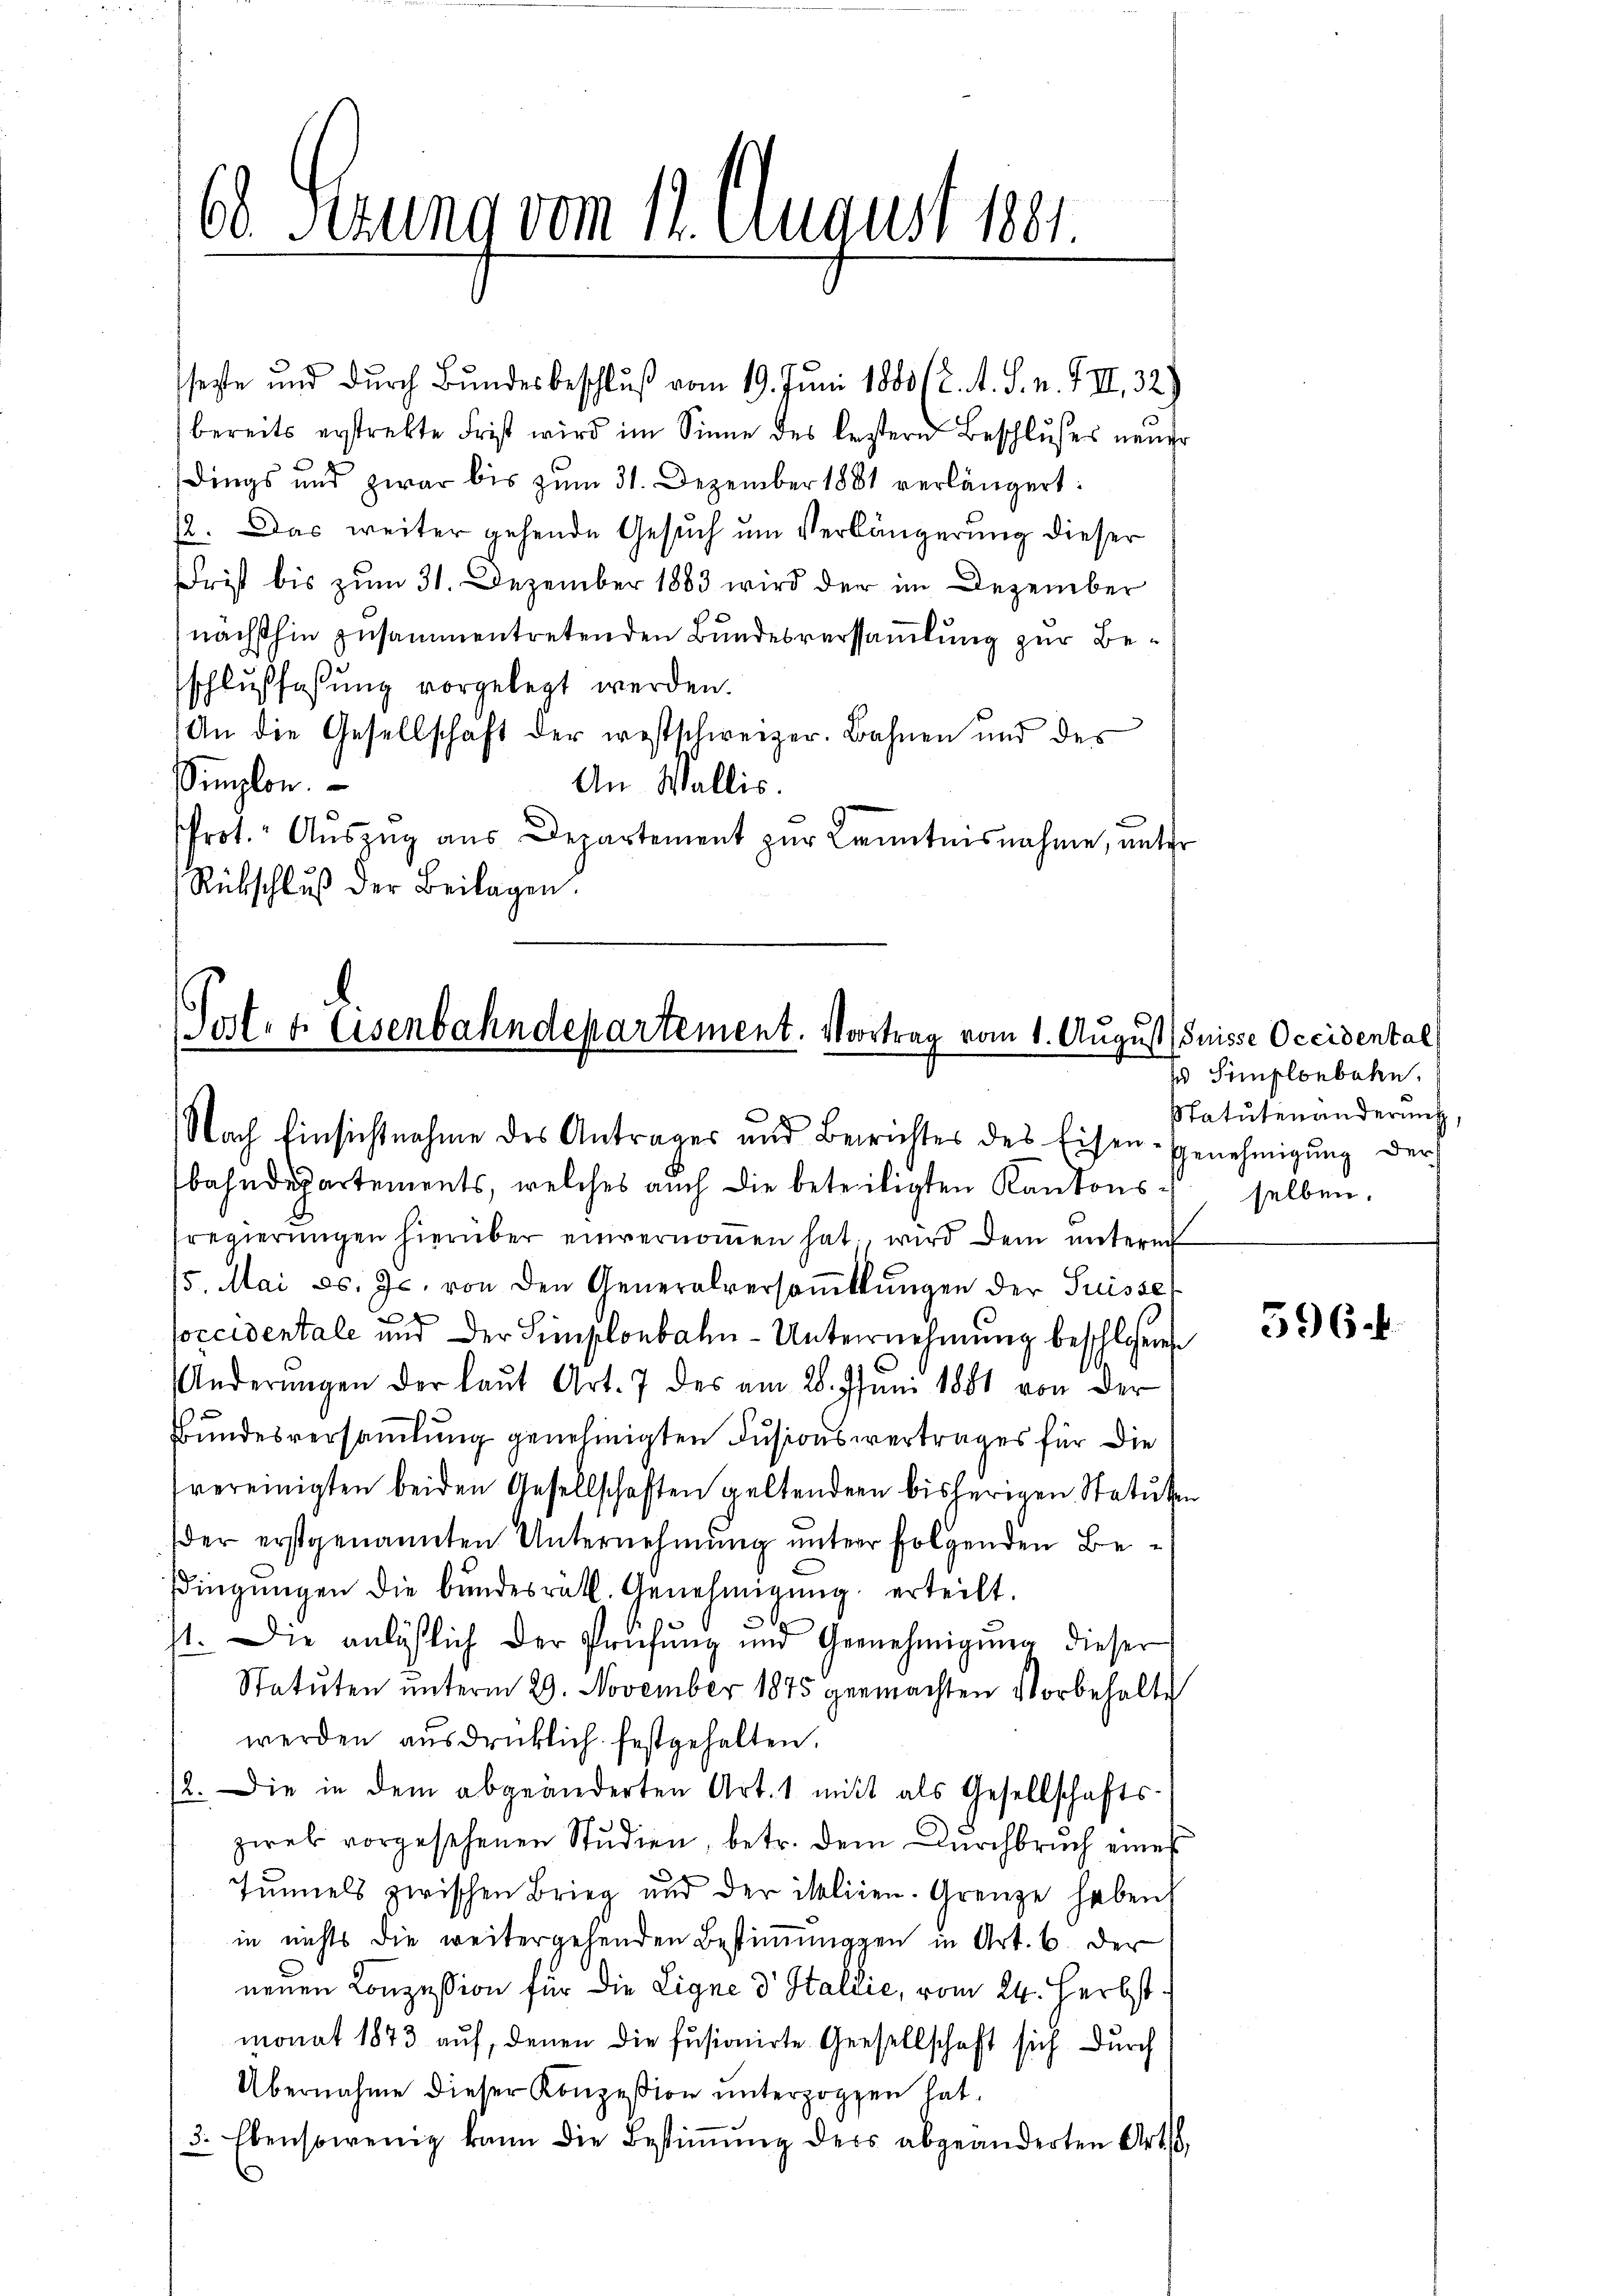
60 Sezung vom 11. August 1891

seste und durch Bundesbeschluß vom 19. Juni 1880 (2. A. S. v. VIII. 32)
bereits erstrebte Frist wird im Sinne des bestern Beschlusses neuer
dings und zwar bis zum 31. Dezember 1881 verlängert:
12. Das weiter gehende Gesuch um Verlängerung dieser
rist bis zum 31. Dezember 1883 wird der im Dezember
nächsthin zusammentretenden Bundesversammlung zur Beschlußfassung vorgelegt werden.
An die Gesellschaft der westschweizer. Bahnen und des
Simplon.
An Wallis.
Prot. Auszug aus Departement zur Kenntnisnahme, unter
Rübschlŭβ der Beilagen.

Post- & Eisenbahndepartement. Vortrag vom 1. August Suisse Occidental
Nach Einsichtnahme des Antrages und Berichtes des Eisen-Genehmigŭng der

bahndepartements, welches auch die beteiligten Kantons selben.
sregierŭngen hierüber einvernoṁen hat, wird dem ŭnterm
15. Mai d. Js. von den Generalversaṁlŭngen der Suisse
x
soccidentale und der Simplonbahn-Unternehmung beschlossenen
Änderŭngen der laŭt Art. 7 des am 28. Juni 1881 von der
Bundesversammlung genehmigten Fusionsvertrages für die
vereinigten beiden Gesellschaften geltendern bisherigen Statuten
der erstgenannten Unternehmung unter folgenden Bedingungen die bundesrätl. Genehmigŭng erteilt.
11. Die anläßlich der Prüfŭng und Gernehmigŭng dieser
Statuten ŭnterm 29. November 1875 gemachten Vorbehalte
werden ausdrücklich festgehalten.
12. Die in dem abgeänderten Art. 1 mit als Gesellschafts-
zwek vorgesehenen Studien, betr. dem Durchbruch eines
.
Tunnels zwischen Brieg und der isoliren. Grenze haben,
in nichts die weitergehenden Bestimmungen in Art. 6. der
neuen Konzession für die Ligne d. Staldie, vom 24. Herbstmonat 1873 auf, denen die fusionirte Gesellschaft sich durch
Übernahme dieser Konzession ŭnterzogen hat.
3. Ebensowenig kann die Bestiṁŭng ders abgeänderten Art,

un Simplonbahn.
Statutenänderung,

596.